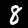
Label: 8